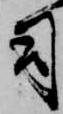
司